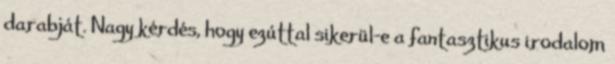
darabját. Nagy kérdés, hogy ezúttal sikerül-e a fantasztikus irodalom